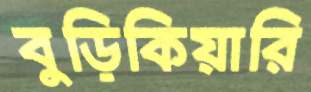
বুড়িকিয়ারি